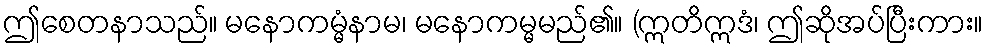
ဤစေတနာသည်။ မနောကမ္မံနာမ၊ မနောကမ္မမည်၏။ (ဣတိဣဒံ၊ ဤဆိုအပ်ပြီးကား။